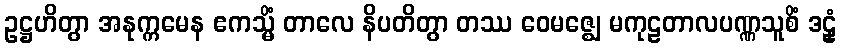
ဥဋ္ဌဟိတွာ အနုက္ကမေန ဧကသ္မိံ တာလေ နိပတိတွာ တဿ ဝေမဇ္ဈေ မကုဠတာလပဏ္ဏသူစိံ ဒဠှံ